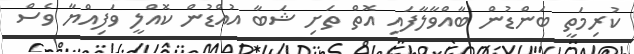
ކުރިމަތީ ބަންޑުން ބާއްވާލާފައި އޮތް ތަށި ޝަބާ އުއްޑުން ކޮއްލީ ވަފިއްޔާ ވެސް